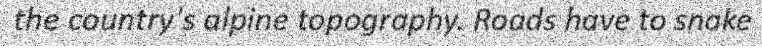
the country's alpine topography. Roads have to snake